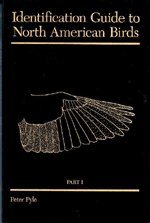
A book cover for Identification Guide to North American Birds, Part I: Columbidae to Ploceidae; Peter Pyle; Sports & Outdoors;